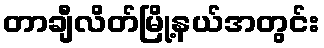
တာချီလိတ်မြို့နယ်အတွင်း